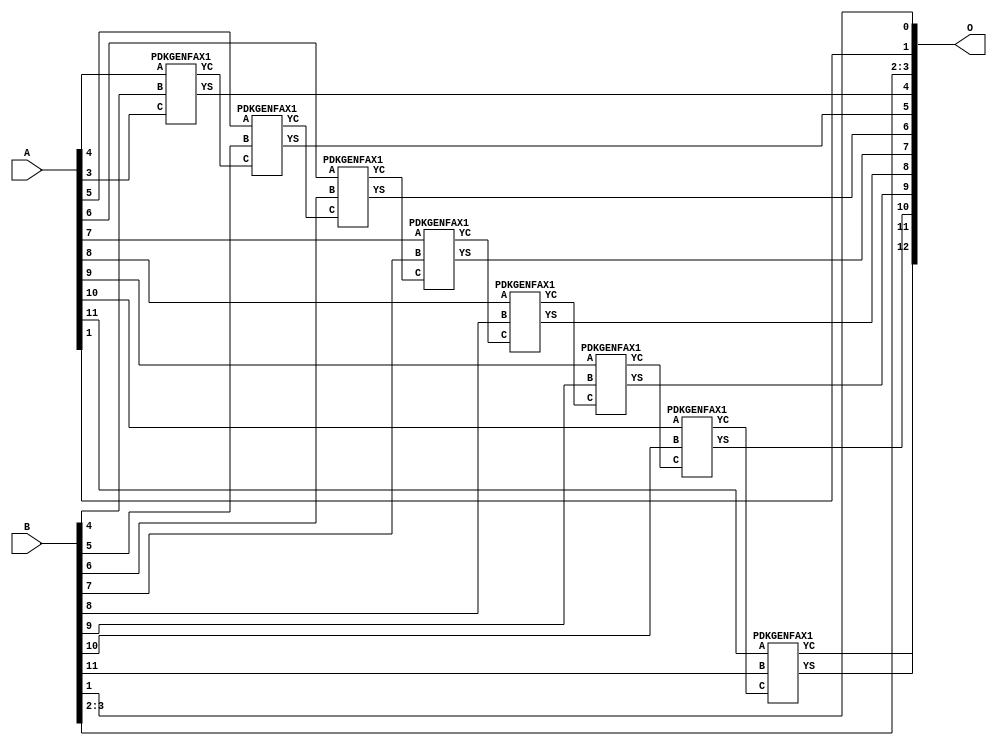
/***
* This code is a part of EvoApproxLib library (ehw.fit.vutbr.cz/approxlib) distributed under The MIT License.
* When used, please cite the following article(s): V. Mrazek, Z. Vasicek and R. Hrbacek, "Role of circuit representation in evolutionary design of energy-efficient approximate circuits" in IET Computers & Digital Techniques, vol. 12, no. 4, pp. 139-149, 7 2018. doi: 10.1049/iet-cdt.2017.0188 
* This file contains a circuit from a sub-set of pareto optimal circuits with respect to the pwr and mae parameters
***/
// MAE% = 0.049 %
// MAE = 4.0 
// WCE% = 0.098 %
// WCE = 8.0 
// WCRE% = 100.00 %
// EP% = 96.88 %
// MRE% = 0.14 %
// MSE = 21 
// PDK45_PWR = 0.036 mW
// PDK45_AREA = 71.3 um2
// PDK45_DELAY = 0.68 ns

module add12u_1QE(A, B, O);
  input [11:0] A, B;
  output [12:0] O;
  wire n_415, n_414, n_36, n_42, n_37, n_192, n_193, n_23, n_22, n_21;
  wire n_20, n_27, n_26, n_25, n_24, n_248, n_29, n_28, n_314, n_249;
  wire n_381, n_380, n_280, n_281, n_214, n_349, n_39, n_38, n_181, n_180;
  wire n_8, n_9, n_4, n_5, n_6, n_7, n_0, n_1, n_2, n_3;
  wire n_30, n_31, n_32, n_33, n_34, n_35, n_18, n_19, n_16, n_17;
  wire n_14, n_15, n_12, n_13, n_10, n_11, n_45, n_44, n_315, n_43;
  wire n_47, n_348, n_215, n_46, n_41, n_40;
  assign n_0 = A[0];
  assign n_1 = A[0];
  assign n_2 = A[1];
  assign n_3 = A[1];
  assign n_4 = A[2];
  assign n_5 = A[2];
  assign n_6 = A[3];
  assign n_7 = A[3];
  assign n_8 = A[4];
  assign n_9 = A[4];
  assign n_10 = A[5];
  assign n_11 = A[5];
  assign n_12 = A[6];
  assign n_13 = A[6];
  assign n_14 = A[7];
  assign n_15 = A[7];
  assign n_16 = A[8];
  assign n_17 = A[8];
  assign n_18 = A[9];
  assign n_19 = A[9];
  assign n_20 = A[10];
  assign n_21 = A[10];
  assign n_22 = A[11];
  assign n_23 = A[11];
  assign n_24 = B[0];
  assign n_25 = B[0];
  assign n_26 = B[1];
  assign n_27 = B[1];
  assign n_28 = B[2];
  assign n_29 = B[2];
  assign n_30 = B[3];
  assign n_31 = B[3];
  assign n_32 = B[4];
  assign n_33 = B[4];
  assign n_34 = B[5];
  assign n_35 = B[5];
  assign n_36 = B[6];
  assign n_37 = B[6];
  assign n_38 = B[7];
  assign n_39 = B[7];
  assign n_40 = B[8];
  assign n_41 = B[8];
  assign n_42 = B[9];
  assign n_43 = B[9];
  assign n_44 = B[10];
  assign n_45 = B[10];
  assign n_46 = B[11];
  assign n_47 = B[11];
  PDKGENFAX1 tmp59(.YS(n_180), .YC(n_181), .A(n_8), .B(n_32), .C(n_6));
  assign n_192 = n_181;
  assign n_193 = n_192;
  PDKGENFAX1 tmp62(.YS(n_214), .YC(n_215), .A(n_10), .B(n_34), .C(n_193));
  PDKGENFAX1 tmp63(.YS(n_248), .YC(n_249), .A(n_12), .B(n_36), .C(n_215));
  PDKGENFAX1 tmp64(.YS(n_280), .YC(n_281), .A(n_14), .B(n_38), .C(n_249));
  PDKGENFAX1 tmp65(.YS(n_314), .YC(n_315), .A(n_16), .B(n_40), .C(n_281));
  PDKGENFAX1 tmp66(.YS(n_348), .YC(n_349), .A(n_18), .B(n_42), .C(n_315));
  PDKGENFAX1 tmp67(.YS(n_380), .YC(n_381), .A(n_20), .B(n_44), .C(n_349));
  PDKGENFAX1 tmp68(.YS(n_414), .YC(n_415), .A(n_22), .B(n_46), .C(n_381));
  assign O[0] = n_26;
  assign O[1] = n_2;
  assign O[2] = n_28;
  assign O[3] = n_30;
  assign O[4] = n_180;
  assign O[5] = n_214;
  assign O[6] = n_248;
  assign O[7] = n_280;
  assign O[8] = n_314;
  assign O[9] = n_348;
  assign O[10] = n_380;
  assign O[11] = n_414;
  assign O[12] = n_415;
endmodule

/* mod */
module PDKGENFAX1( input A, input B, input C, output YS, output YC );
    assign YS = (A ^ B) ^ C;
    assign YC = (A & B) | (B & C) | (A & C);
endmodule